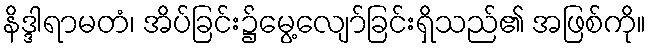
နိဒ္ဒါရာမတံ၊ အိပ်ခြင်း၌မွေ့လျော်ခြင်းရှိသည်၏ အဖြစ်ကို။